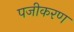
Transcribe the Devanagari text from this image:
पजीकरण